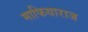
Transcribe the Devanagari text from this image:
माफियाराज